Kures,_Voldemar, lk 126
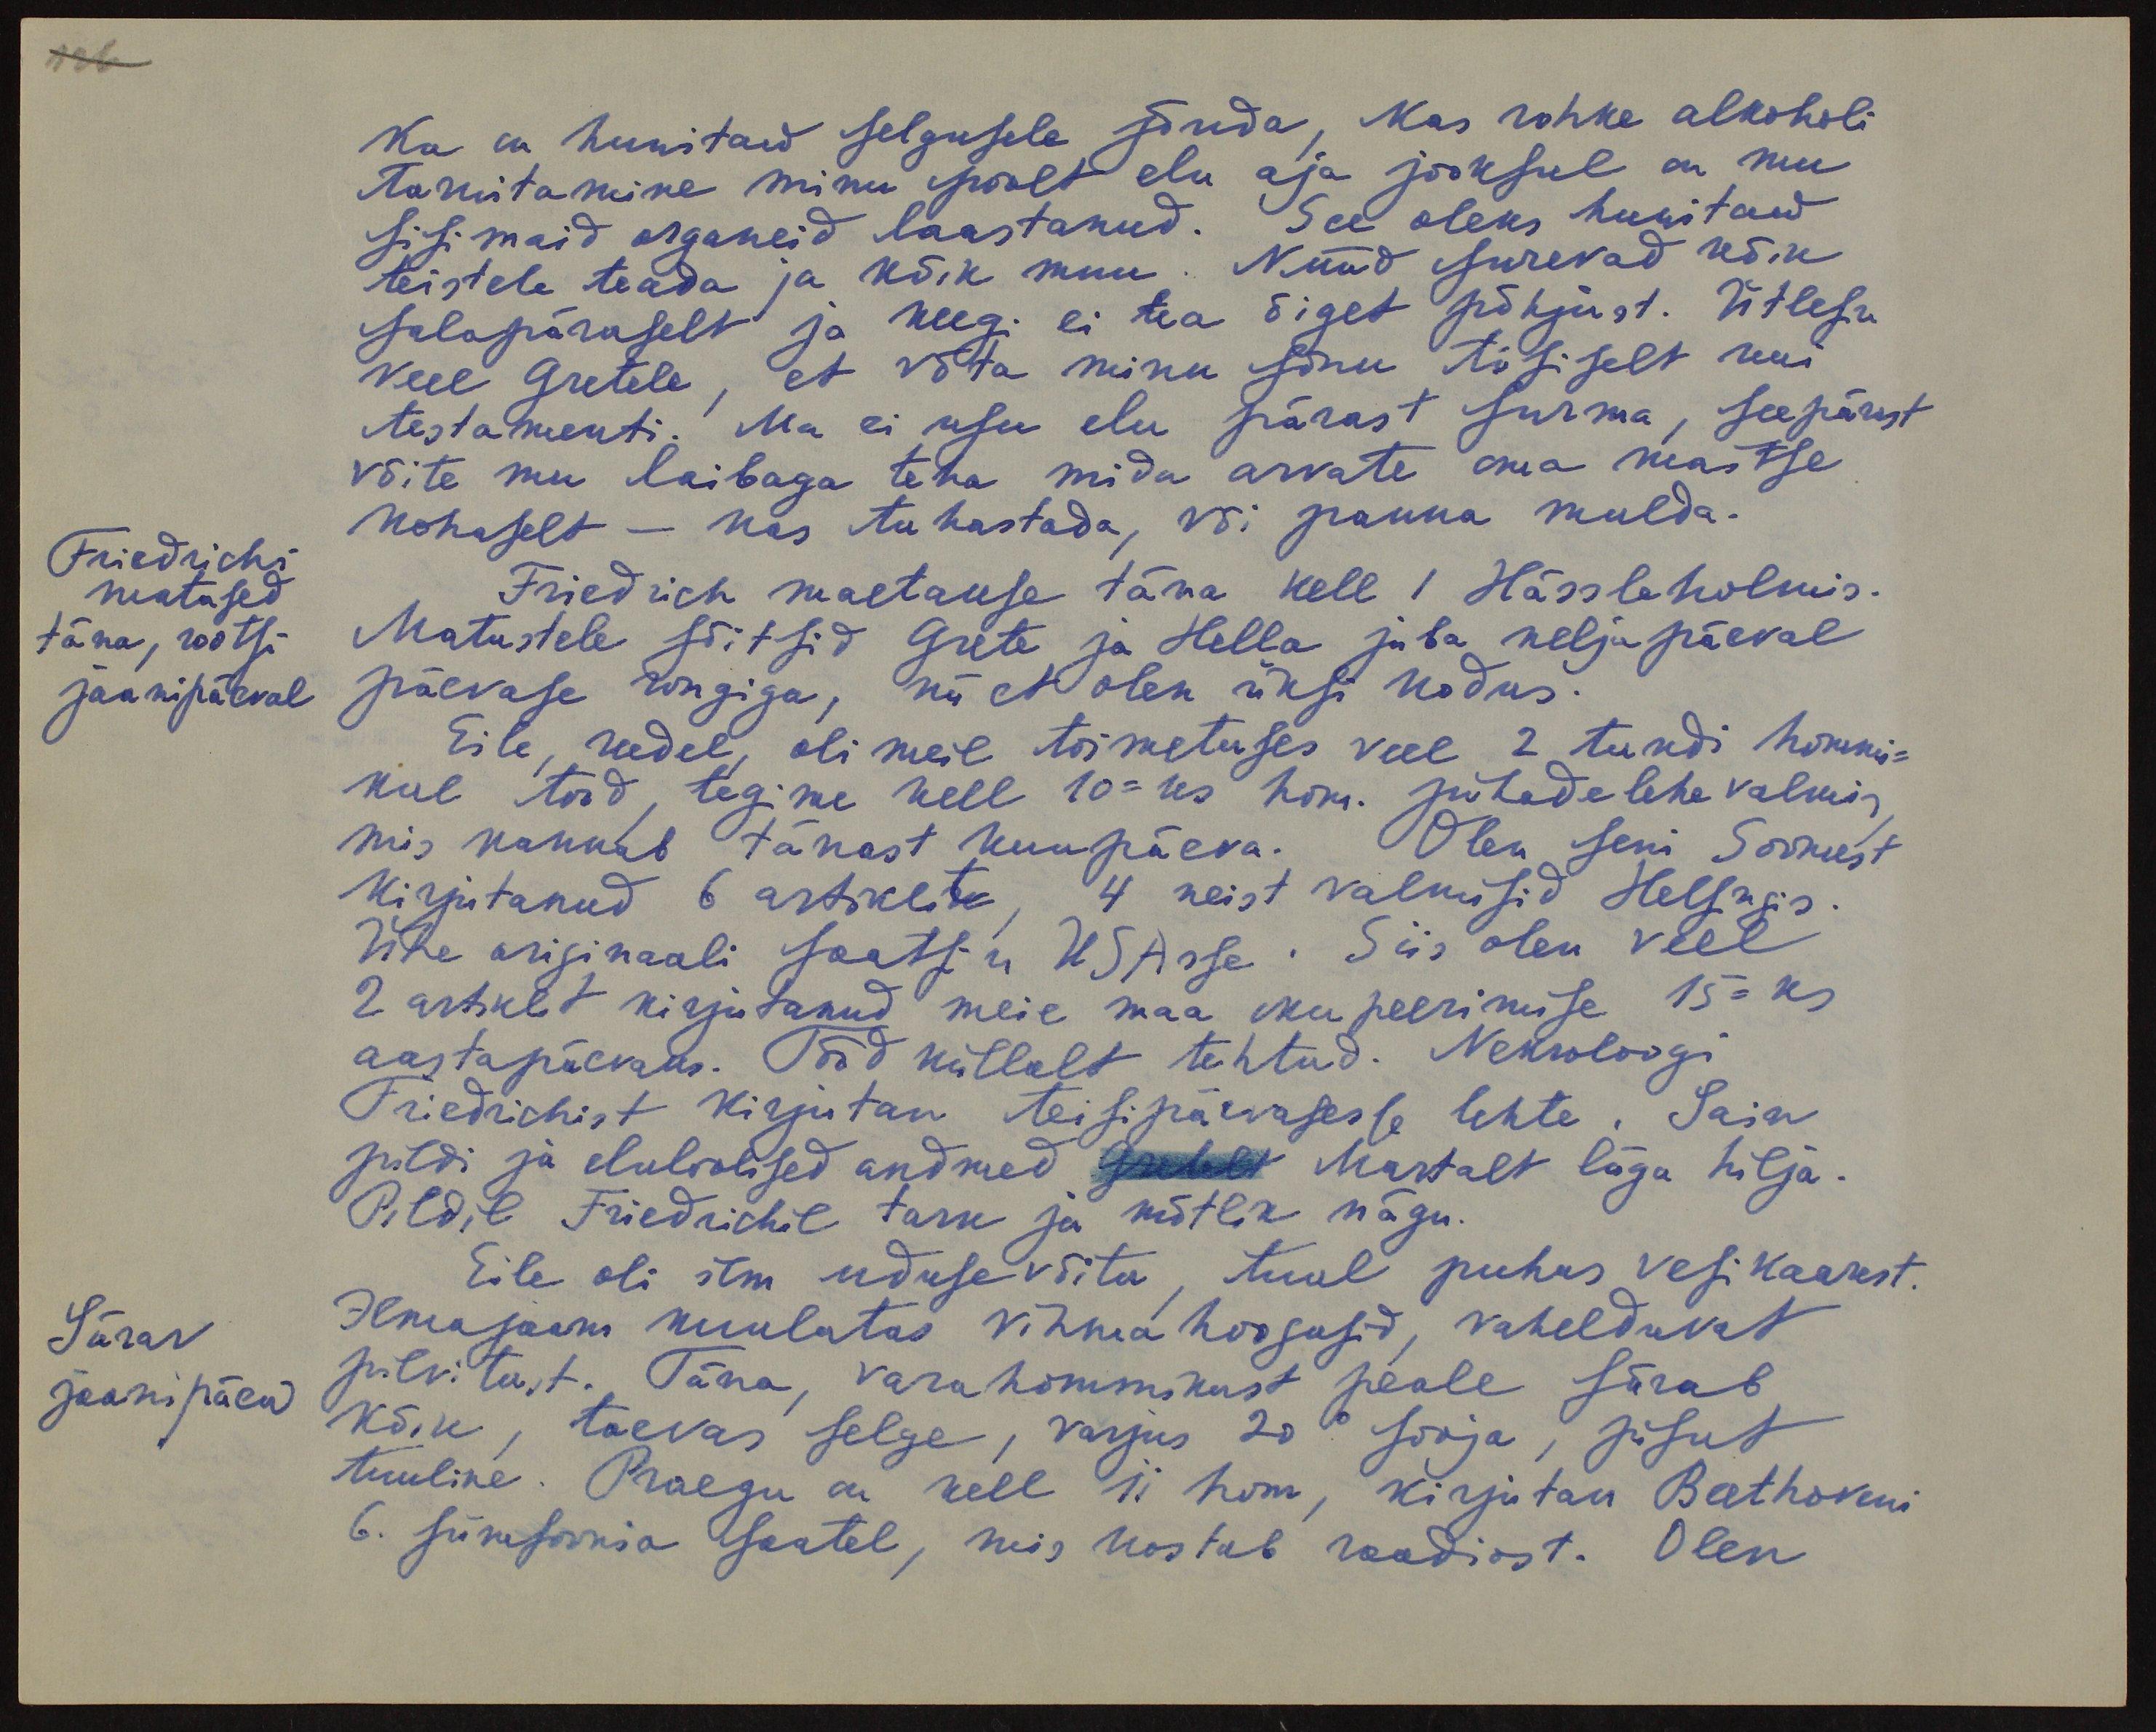
126
Ka on huvitaw selgusele jõuda, kas rohke alkoholi
tarvitamine minu poolt elu aja jooksul on mu
sisimaid organeid laastanud. See oleks huvitaw
teistele teada ja kõik muu. Nüüd surevad kõik
salapäraselt ja keegi ei tea õiget põhjust. Ütlesin
veel Gretele, et võta minu sõnu tõsiselt kui
testamenti! Ma ei usu elu pärast surma, seepärast
võite mu laibaga teha mida arvate oma maitse
kohaselt - kas tuhastada, või panna mulda.
Friedrichi
matused
täna, rootsi
jaanipäeval
Friedrich maetakse täna kell 1 Hässleholmis.
Matustele sõitsid Grete ja Hella juba neljapäeval
päevase rongiga, nii et olen üksi kodus.
Eile, reedel, oli meil toimetuses veel 2 tundi hommi-
kul tööd, tegime kell 10-ks hom. pühade lehe valmis
mis kannab tänast kuupäeva. Olen seni Soomest
kirjutanud 6 artiklit, 4 neist valmisid Helsngis.
Ühe originaali saatsin USAsse. Siis olen veel
2 artiklit kirjutanud meie maa okupeerimise 15-ks
aastapäevaks. Tööd küllalt tehtud. Neuroloogi
Friedrichist kirjutan teisipäevasesse lehte. Sain
pildi ja eluloolised andmed Greetalt Martalt väga hilja.
Pildil Friedrichil tark ja mõtlik nägu.
Eile oli ilm uduse võitu, tuul puhus, vesikaarest.
Särav
jaanipäew
Ilmajaam kuulutas vihma hoogusid, vahelduvat
pilvitust. Täna, varahommikust peale särab
kõik, taevas selge, varjus 20 ° sooja, pisut
tuuline. Praegu on kell 11 hom, kirjutan Beethoveni
6. sümfoonia saatel, mis kostab raadiost. Olen